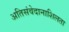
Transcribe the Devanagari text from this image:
अतिसंवेदानाशिलता